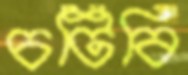
চটিবি